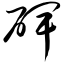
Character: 碑